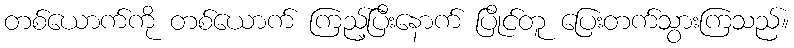
တစ်ယောက်ကို တစ်ယောက် ကြည့်ပြီးနောက် ပြိုင်တူ ပြေးတက်သွားကြသည်။